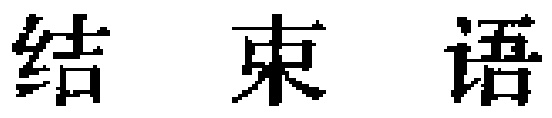
结束语